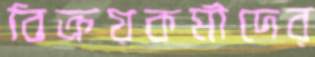
বিক্রয়কর্মীদের